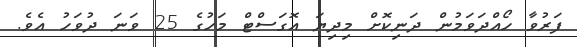
ފަރުވާ ހޯއްދަވަމުން ދަނިކޮށް މިދިޔަ އޮގަސްޓް މަހުގެ 25 ވަނަ ދުވަހު އެވެ.